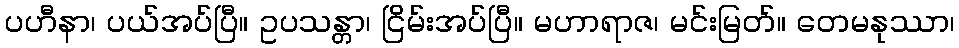
ပဟီနာ၊ ပယ်အပ်ပြီ။ ဥပသန္တာ၊ ငြိမ်းအပ်ပြီ။ မဟာရာဇ၊ မင်းမြတ်။ တေမနုဿာ၊